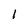
Character: 1